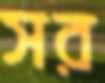
সর